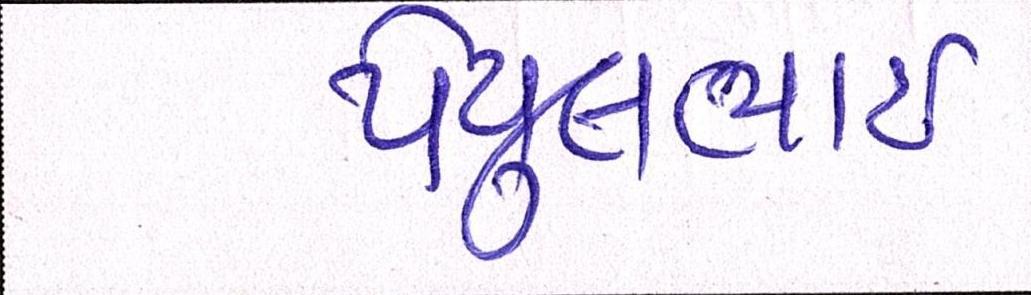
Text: પેયુલભાઈ